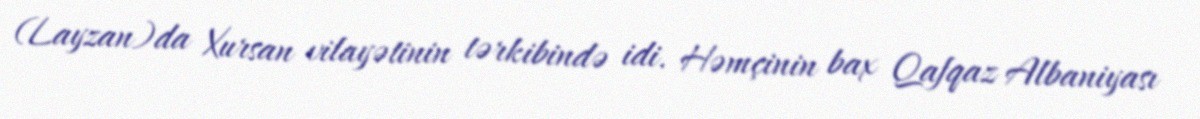
(Layzan)da Xursan vilayətinin tərkibində idi. Həmçinin bax Qafqaz Albaniyası